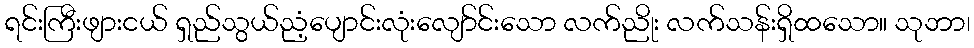
ရင်းကြီးဖျားငယ် ရှည်သွယ်ညံ့ပျောင်းလုံးလျော်င်းသော လက်ညိုး လက်သန်းရှိထသော။ သုဘာ၊